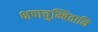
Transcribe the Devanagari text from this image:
क्षणचुम्बितानि